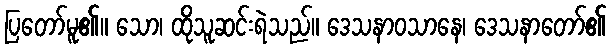
ပြတော်မူ၏။ သော၊ ထိုသူဆင်းရဲသည်။ ဒေသနာဝသာနေ၊ ဒေသနာတော်၏